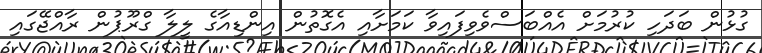
ގުޅުން ބަދަހި ކުރުމަށް އެއްބަސްވެވިފައިވާ ކަމަށާއި އެގޮތުން އިންޑިއާގެ ލީލާ ގްރޫޕުން ރާއްޖޭގައި